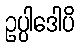
ဥပ္ပါဒေါပိ